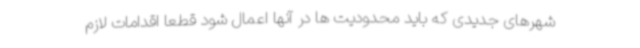
شهرهای جدیدی که باید محدودیت ها در آنها اعمال شود قطعا اقدامات لازم